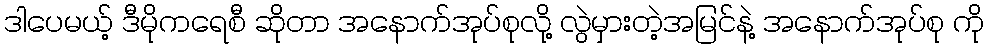
ဒါပေမယ့် ဒီမိုကရေစီ ဆိုတာ အနောက်အုပ်စုလို့ လွဲမှားတဲ့အမြင်နဲ့ အနောက်အုပ်စု ကို